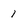
Character: 1